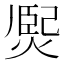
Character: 㷩